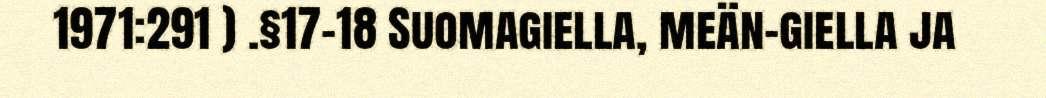
1971:291 ) .§17–18 Suomagiella, meän-giella ja